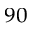
^ { 9 0 }